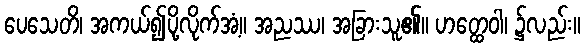
ပေသေတိ၊ အကယ်၍ပို့လိုက်အံ့။ အညဿ၊ အခြားသူ၏။ ဟတ္ထေဝါ၊ ၌လည်း။